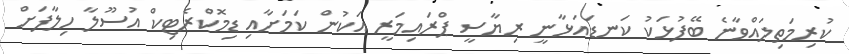
ކުރިމަތިލައްވާނެ ބޭފުޅަކު ކަނޑައަޅާނީ ރިޔާސީ ޕްރައިމަރީ އަކުން ކަމަށާއި ޑިމޮކްރެޓިކް އުސޫލާ ހިލާފަށް